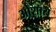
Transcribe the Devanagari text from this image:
ओशारा